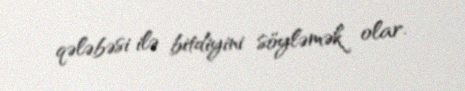
qələbəsi ilə bitdiyini söyləmək olar.